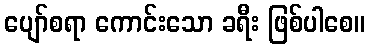
ပျော်စရာ ကောင်းသော ခရီး ဖြစ်ပါစေ။